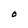
Character: O